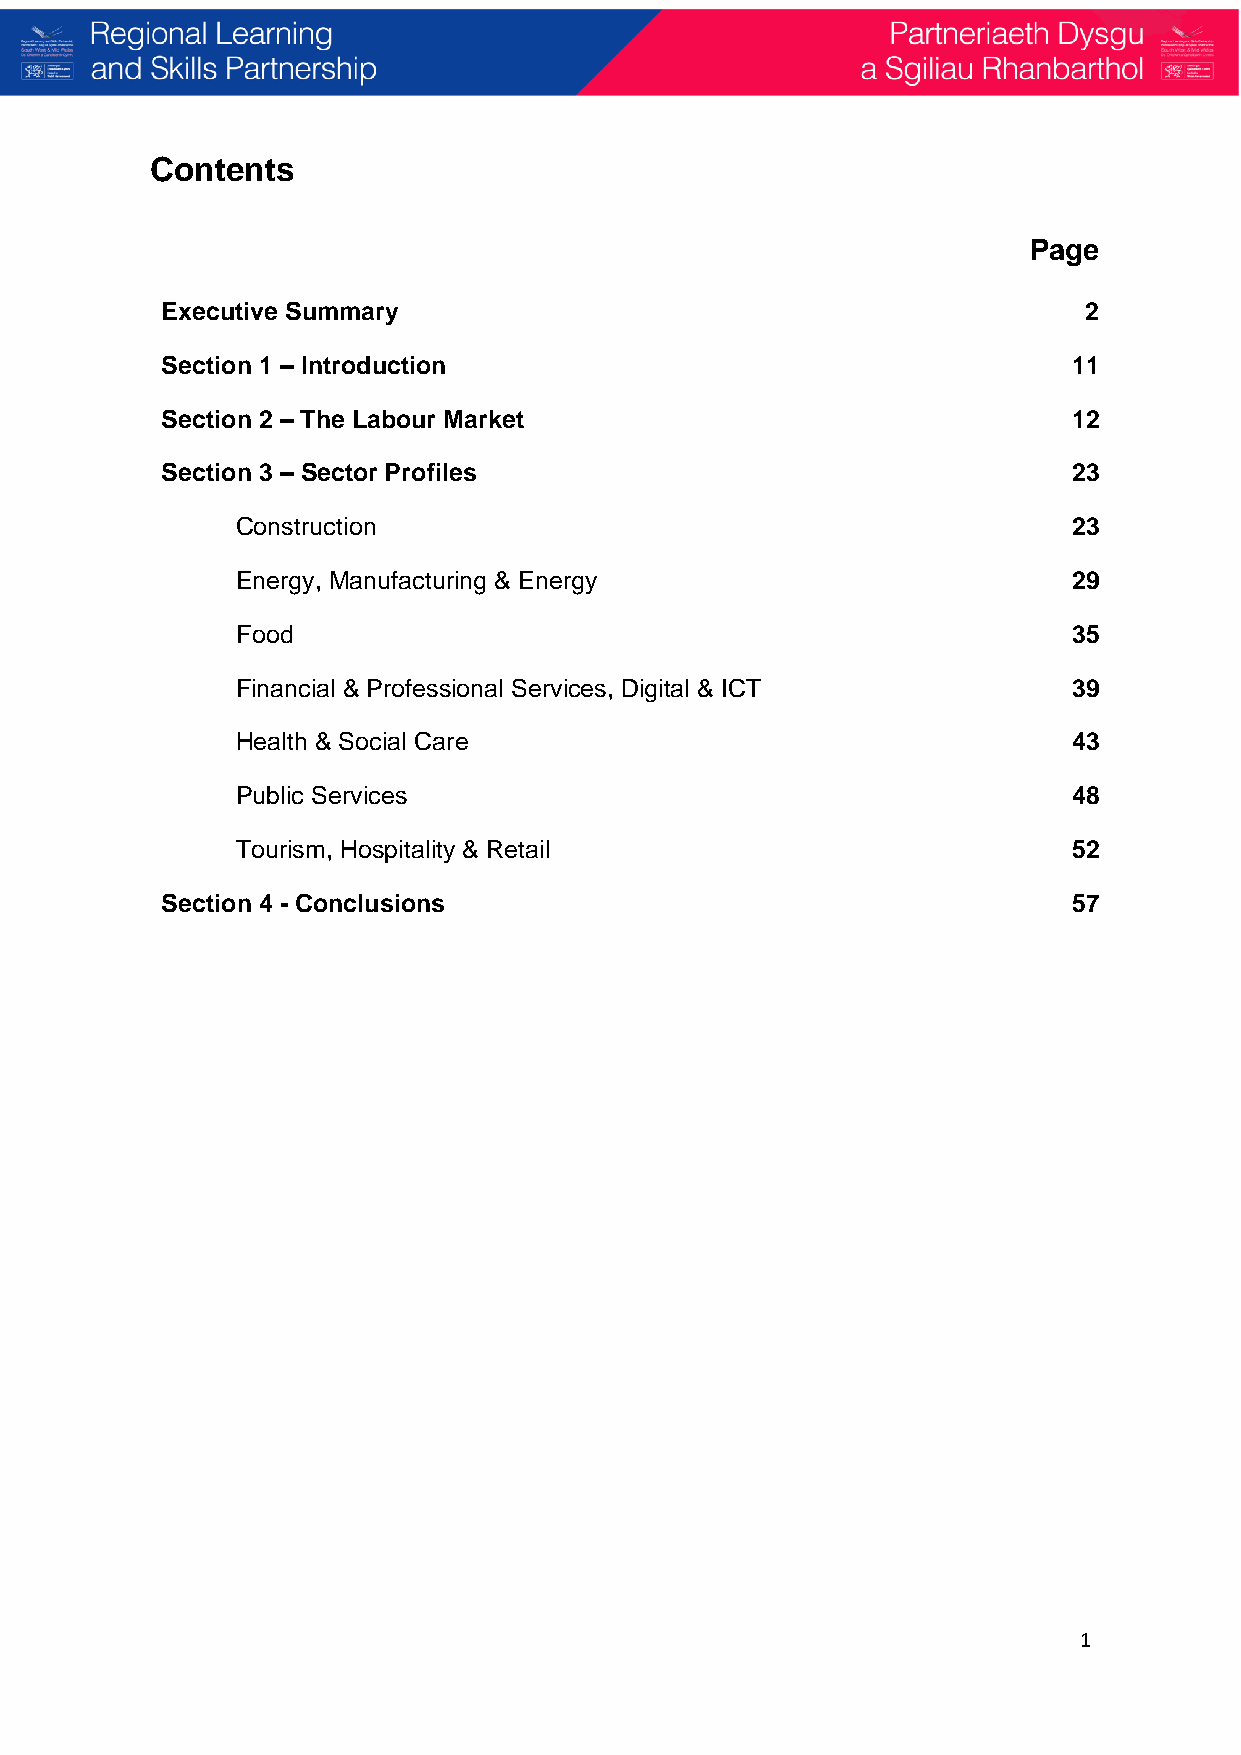
Contents
 Page
 Executive Summary                                            2
 Section 1 – Introduction                                    11
 Section 2 – The Labour Market                               12
 Section 3 – Sector Profiles                                 23
 Construction                                           23
 Energy, Manufacturing & Energy                         29
 Food                                                   35
 Financial & Professional Services, Digital & ICT       39
 Health & Social Care                                   43
 Public Services                                        48
 Tourism, Hospitality & Retail                          52
 Section 4 - Conclusions                                     57
 1